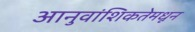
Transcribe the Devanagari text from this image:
आनुवांशिकतेमधून